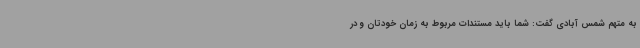
به متهم شمس آبادی گفت: شما باید مستندات مربوط به زمان خودتان و در